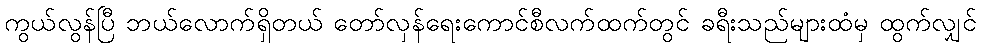
ကွယ်လွန်ပြီ ဘယ်လောက်ရှိတယ် တော်လှန်ရေးကောင်စီလက်ထက်တွင် ခရီးသည်များထံမှ ထွက်လျှင်